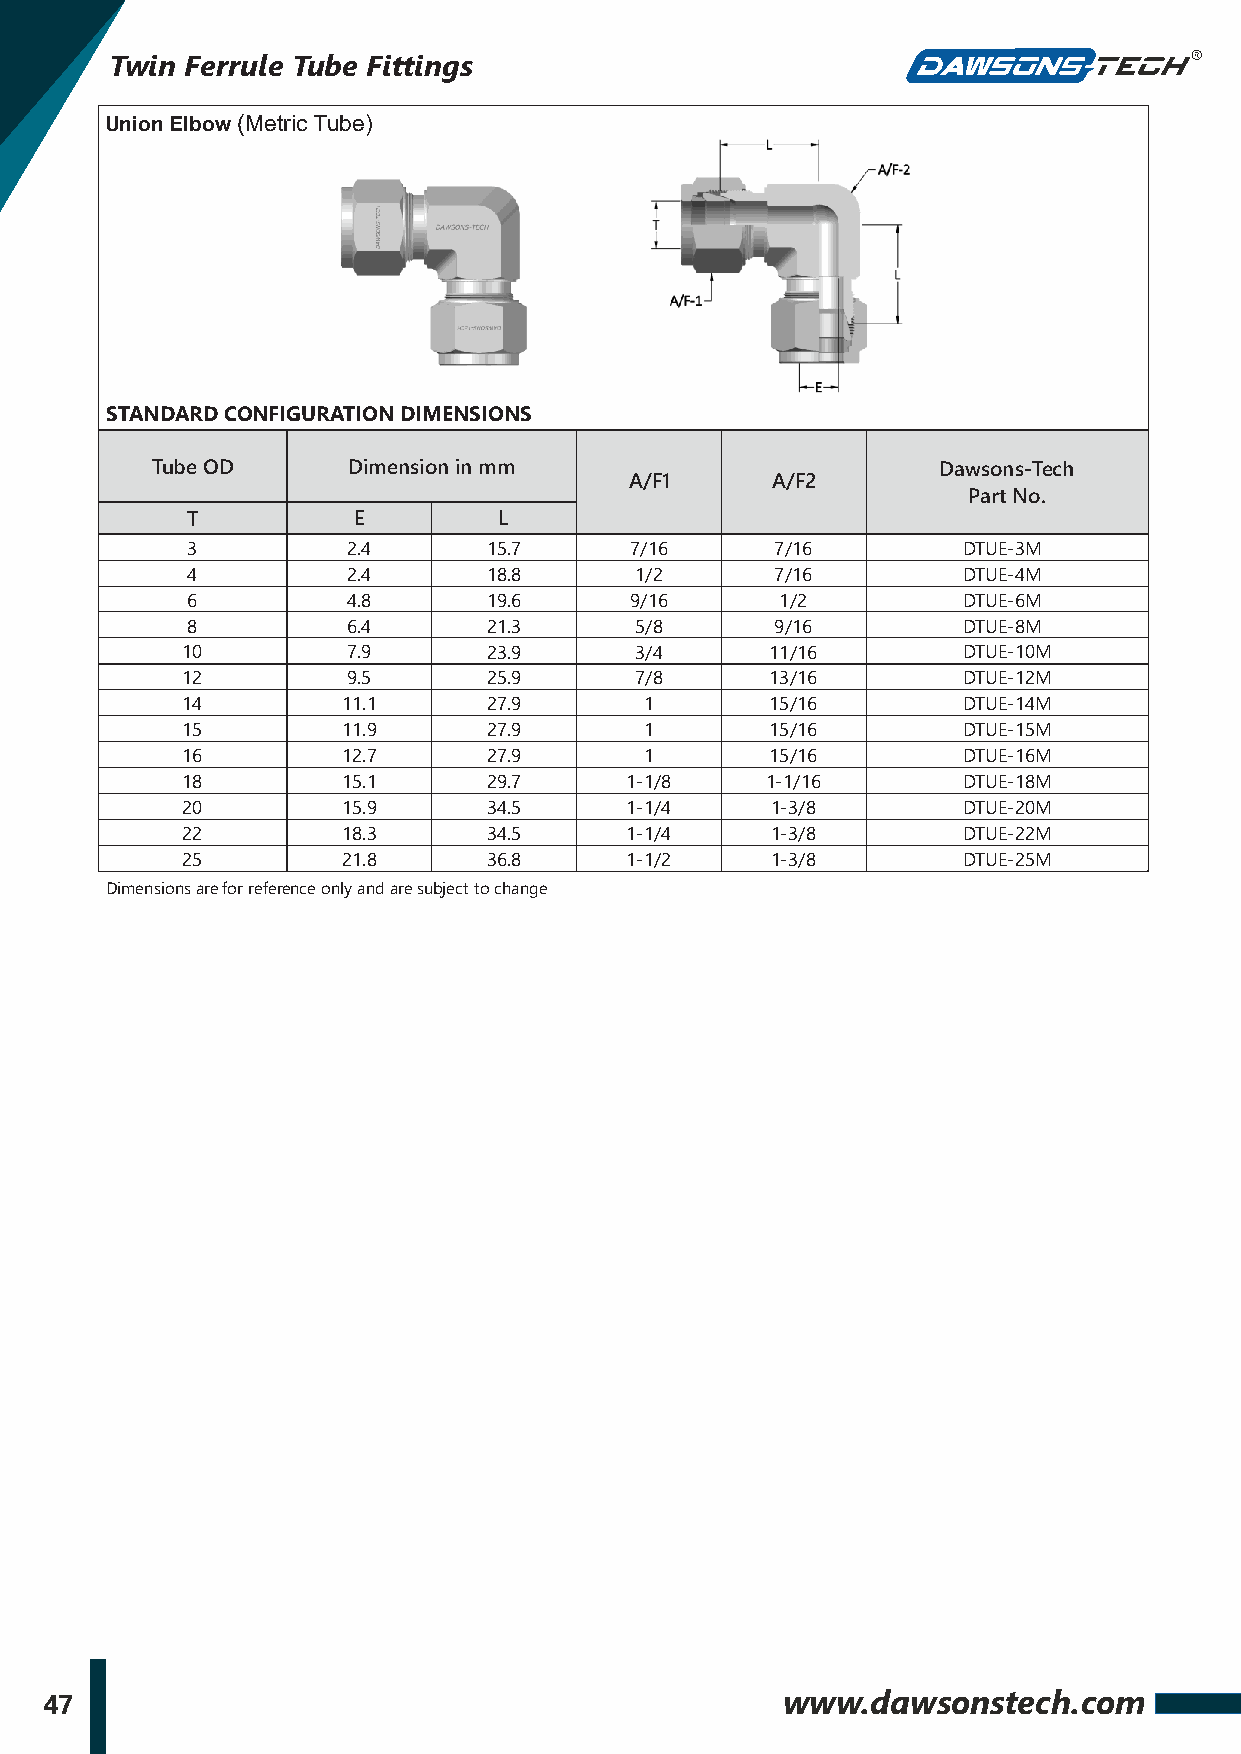
Twin Ferrule Tube Fittings
 Union Elbow (Metric Tube)
 STANDARD CONFIGURATION DIMENSIONS
 Tube OD      Dimension in mm                        Dawsons-Tech
 A/F1     A/F2
 Part No.
 T          E         L
 3          2.4      15.7      7/16     7/16         DTUE-3M
 4          2.4      18.8      1/2      7/16         DTUE-4M
 6          4.8      19.6      9/16      1/2         DTUE-6M
 8          6.4      21.3      5/8      9/16         DTUE-8M
 10         7.9      23.9      3/4      11/16        DTUE-10M
 12         9.5      25.9      7/8      13/16        DTUE-12M
 14         11.1     27.9       1       15/16        DTUE-14M
 15         11.9     27.9       1       15/16        DTUE-15M
 16         12.7     27.9       1       15/16        DTUE-16M
 18         15.1     29.7     1-1/8     1-1/16       DTUE-18M
 20         15.9     34.5     1-1/4     1-3/8        DTUE-20M
 22         18.3     34.5     1-1/4     1-3/8        DTUE-22M
 25         21.8     36.8     1-1/2     1-3/8        DTUE-25M
 Dimensions are for reference only and are subject to change
 47                                               www.dawsonstech.com